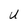
Character: U